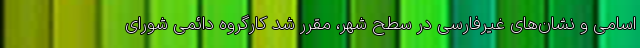
اسامی و نشان‌های غیرفارسی در سطح شهر، مقرر شد کارگروه دائمی شورای